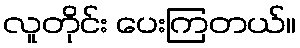
လူတိုင်း ပေးကြတယ်။